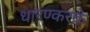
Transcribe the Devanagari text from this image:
धारण्करके